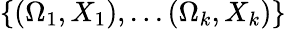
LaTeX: \{ (\Omega_{1},X_{1}),...(\Omega_{k},X_{k})\}